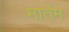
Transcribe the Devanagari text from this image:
मार्तम